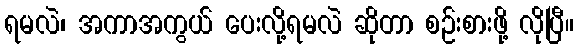
ရမလဲ၊ အကာအကွယ် ပေးလို့ရမလဲ ဆိုတာ စဉ်းစားဖို့ လိုပြီ။